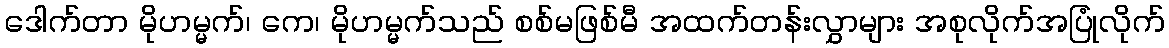
ဒေါက်တာ မိုဟမ္မက်၊ ကေ၊ မိုဟမ္မက်သည် စစ်မဖြစ်မီ အထက်တန်းလွှာများ အစုလိုက်အပြုံလိုက်